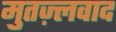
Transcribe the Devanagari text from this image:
मुतज़्लवाद